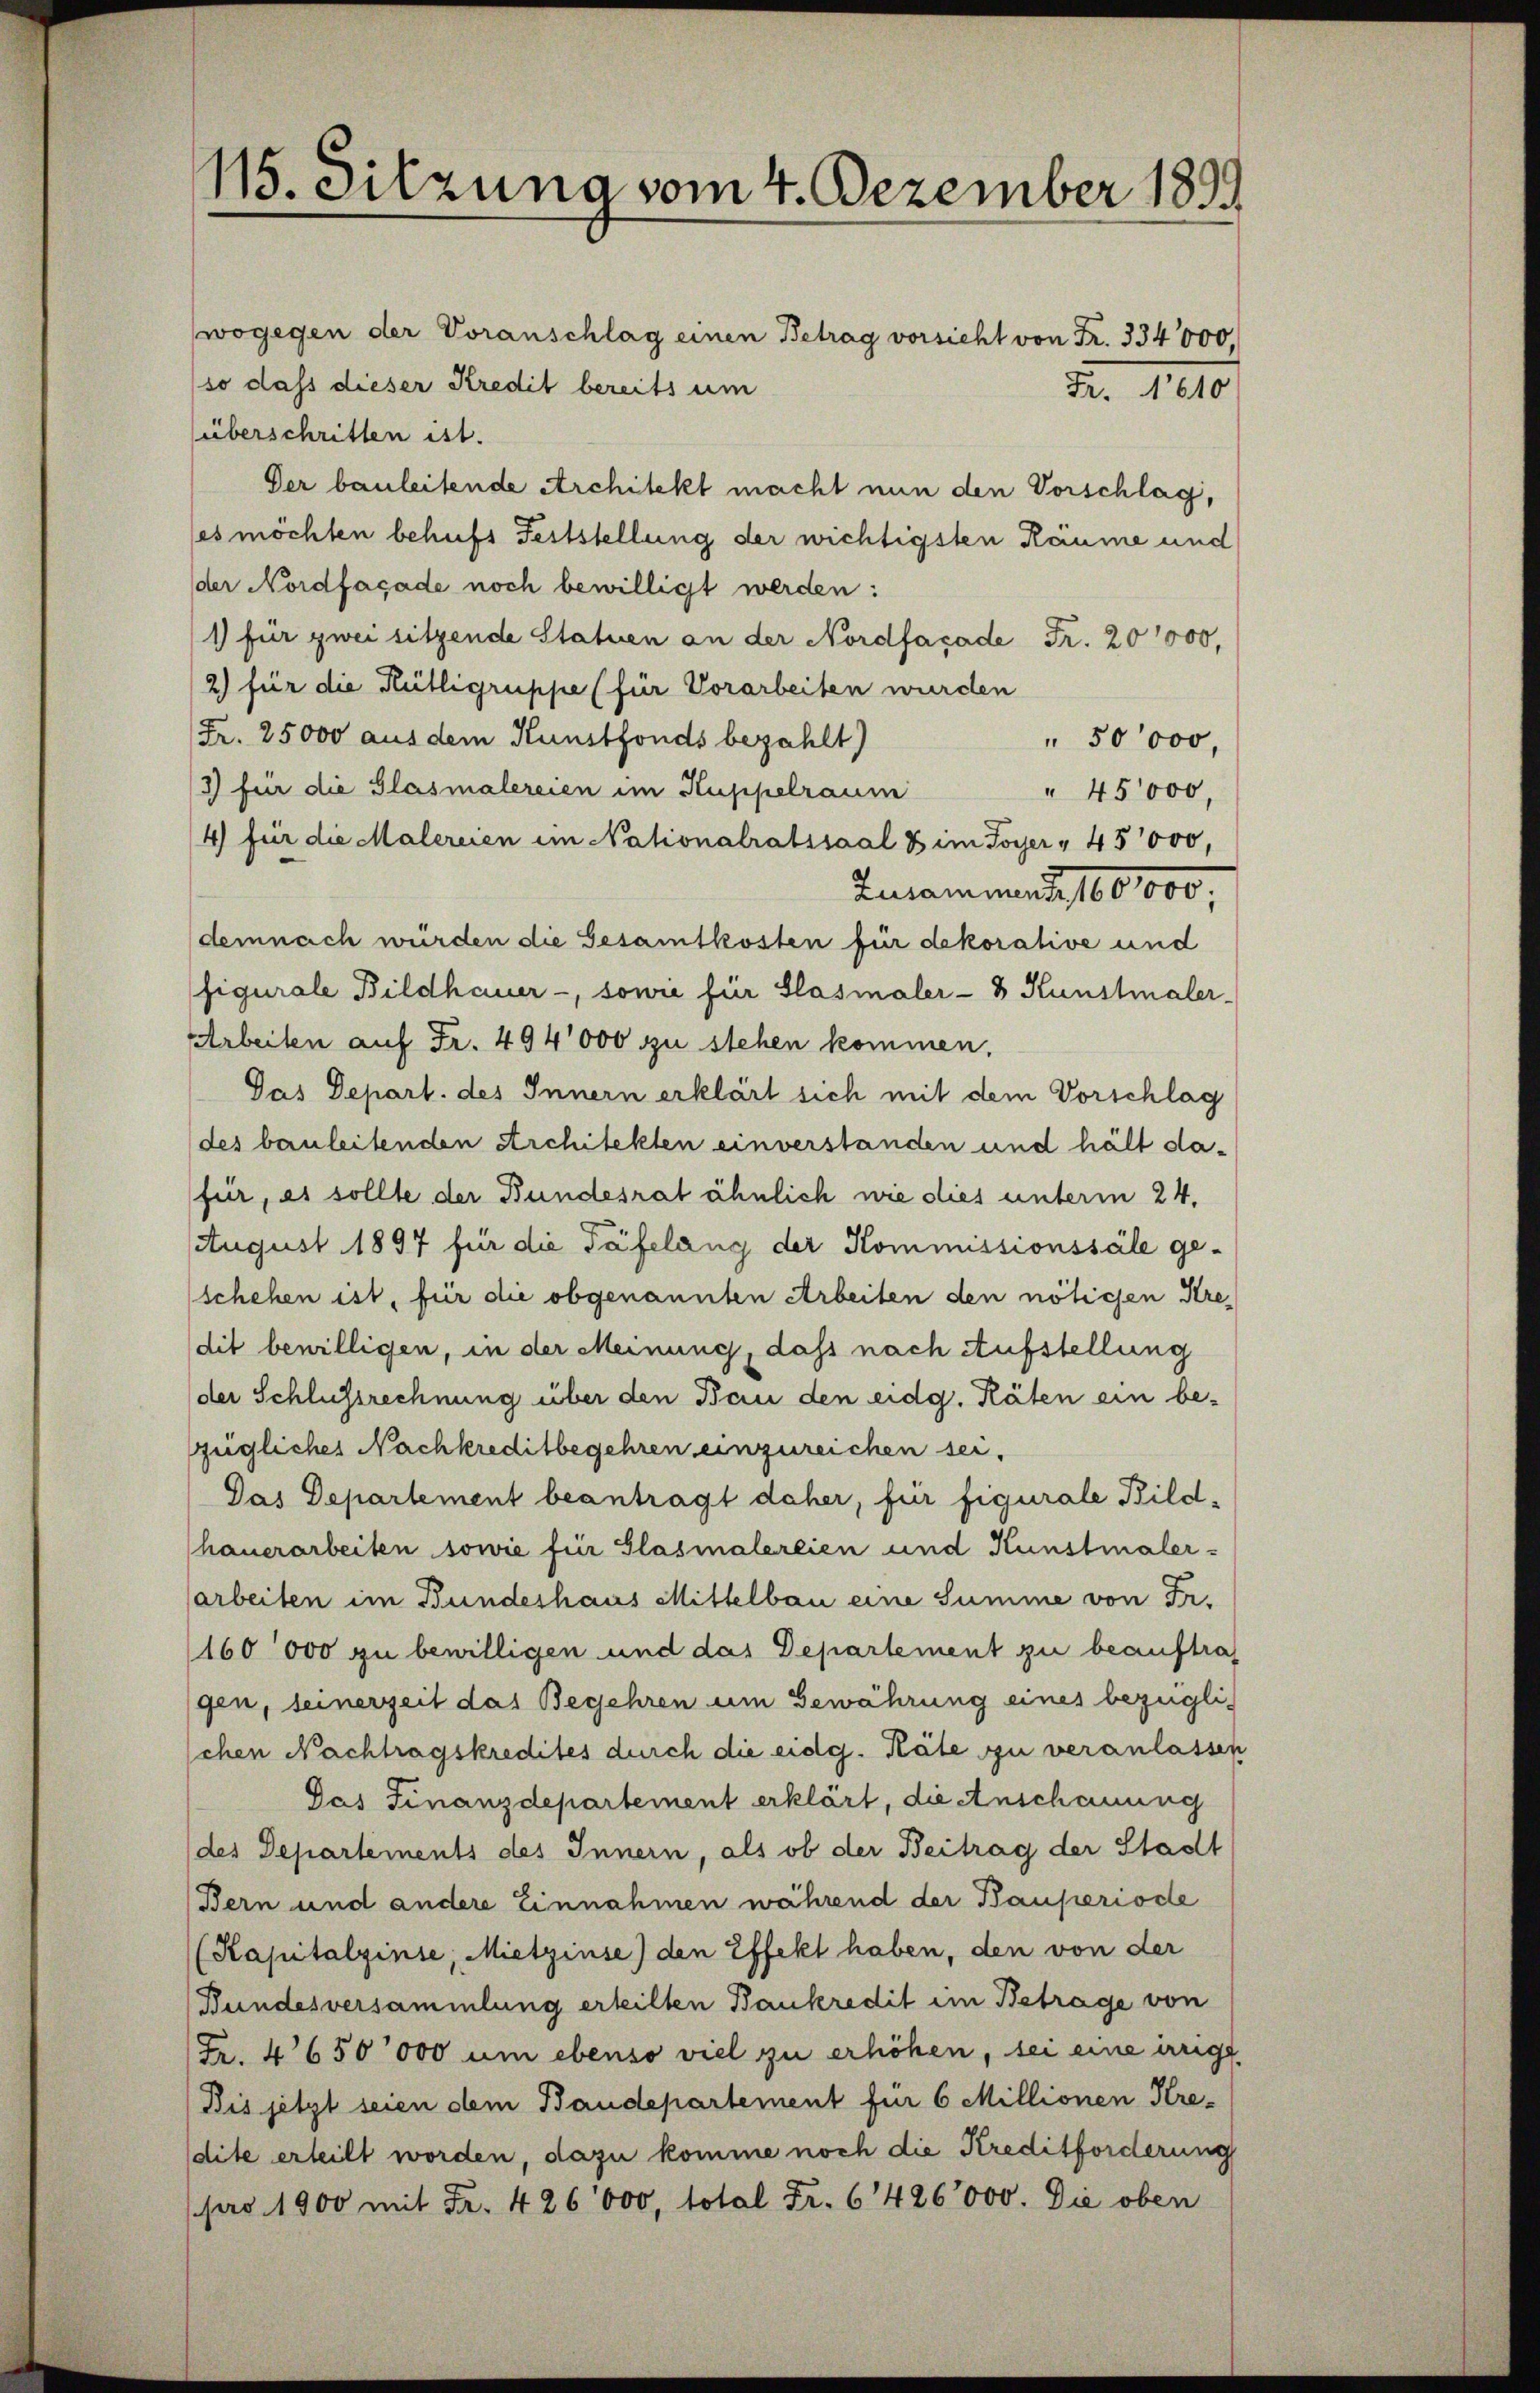
115. Sitzuna vom 4. Dezember 1899

wogegen der Voranschlag einen Betrag vorsicht von Fr. 334000.
so dass dieser Kredit bereits um
überschritten ist.
Der bauleitende Architekt macht nun den Vorschlag,
les möchten behufs Feststellung der wichtigsten Räume und
der Nordfaçade noch bewilligt werden:
1) für zwei sitzende Statuen an der Nordfaçade Fr. 20000,
2) für die Heilligruppe (für Vorarbeiten wurden
(Fr. 25000 aus dem Kunstfonds bezahlt)
" 50000,
3) für die Glasmalereien im Kuppelraum
" 45000,
4) für die Malereien im Nationalratssaal & im Foyer " 45000,
Incammand 100,000,
demnach würden die Gesamtkosten für dekorative und
figurale Bildhauer-, sowie für Slasmaler- & Kunstmaler-
Arbeiten auf Fr. 494,000 zu stehen kommen.
Gas Depart. des Innern erklärt sich mit dem Vorschlag
(des bauleitenden Architekten einverstanden und hält dafür, es sollte der Bundesrat ähnlich wie dies unterm 24.
August 1897 für die Täfelang der Kommissionssäle ge-
(schehen ist, für die obgenannten Arbeiten den nötigen Kredit bewilligen, in der Meinung, dass nach Aufstellung
der Schlussrechnung über den Bau den eidg. Räten ein be-
zügliches Nachkreditbegehren einzureichen sei,
Das Departement beantragt daher, für figurale Bild-
hauerarbeiten sowie für Glasialereien und Kunstmaler-
arbeiten im Bundeshaus Mittelbau eine Summe von Fr.
160000 zu bewilligen und das Departement zu beauftrag
gen, seinerzeit das Begehren um Bewährung eines bezüglischen Nachtragskredites durch die eidg. Räte zu veranlassen
Das Finanzdepartement erklärt, die Anschauung
(des Departements des Innern, als ob der Beitrag der Stadt
Bern und andere Einnahmen während der Bauperiode
(Kapitalzinse, Mietzinse) den Effekt haben, den von der
Bundesversammlung erteilten Bankredit im Betrage von
Fr. 4650000 um ebenso viel zu erhöhen, sei eine irrigt
Bis jetzt seien dem Baudepartement für 6 Millionen Kre-
dite erteilt worden, dazu komme noch die Kreditforderung
(pro 1900 mit Fr. 426,000, total Fr. 6426000. Die oben

Fr. 1610